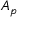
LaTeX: A _ { \mathfrak { p } }